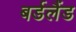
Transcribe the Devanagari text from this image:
बर्डलैंड